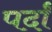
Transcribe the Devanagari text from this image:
पर्दां